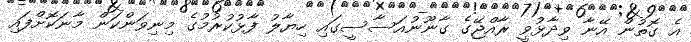
އެ ގޮތުން އޭނާ ވިދާޅުވީ ރާއްޖޭގެ ގާނޫނުއަސާސީގައި ހިޔާލު ފާޅުކުރުމުގެ މިނިވަންކަން މާނަކޮށްފައި